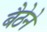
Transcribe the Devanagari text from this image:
बैठेने